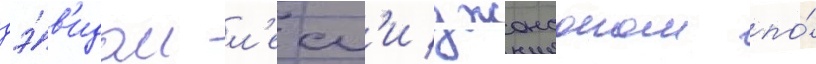
дэ́в'идом л'есл'и джонсоном по́